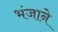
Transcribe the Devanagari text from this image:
भंजाने